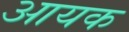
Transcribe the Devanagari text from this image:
आयक